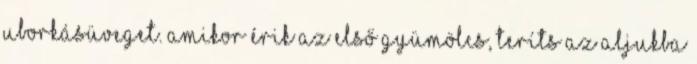
uborkásüveget. Amikor érik az első gyümölcs, teríts az aljukba